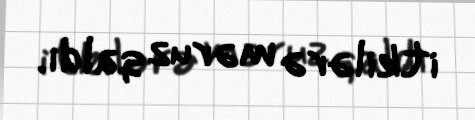
itkilərə məruz qaldı.